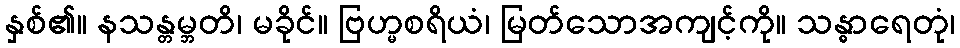
နှစ်၏။ နသန္တမ္ဘတိ၊ မခိုင်။ ဗြဟ္မစရိယံ၊ မြတ်သောအကျင့်ကို။ သန္ဓာရေတုံ၊